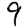
Digit: 9